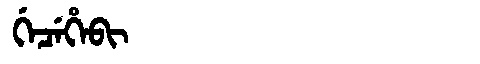
Manchu: ᡤᡝᠴᡝᡥᡝᠪᡳ
Romanization: GECEHEBI